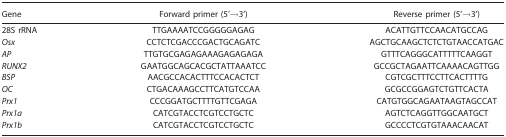
| Gene | Forward primer (5′→3′) | Reverse primer (5′→3′) |
 | --- | --- | --- |
 | 28S rRNA | TTGAAAATCCGGGGGAGAG | ACATTGTTCCAACATGCCAG |
 | Osx | CCTCTCGACCCGACTGCAGATC | AGCTGCAAGCTCTCTGTAACCATGAC |
 | AP | TTGTGCGAGAGAAAGAGAGAGA | GTTTCAGGGCATTTTTCAAGGT |
 | RUNX2 | GAATGGCAGCACGCTATTAAATCC | GCCGCTAGAATTCAAAACAGTTGG |
 | BSP | AACGCCACACTTTCCACACTCT | CGTCGCTTTCCTTCACTTTTG |
 | OC | CTGACAAAGCCTTCATGTCCAA | GCGCCGGAGTCTGTTCACTA |
 | Prx1 | CCCGGATGCTTTTGTTCGAGA | CATGTGGCAGAATAAGTAGCCAT |
 | Prx1a | CATCGTACCTCGTCCTGCTC | AGTCTCAGGTTGGCAATGCT |
 | Prx1b | CATCGTACCTCGTCCTGCTC | GCCCCTCGTGTAAACAACAT |